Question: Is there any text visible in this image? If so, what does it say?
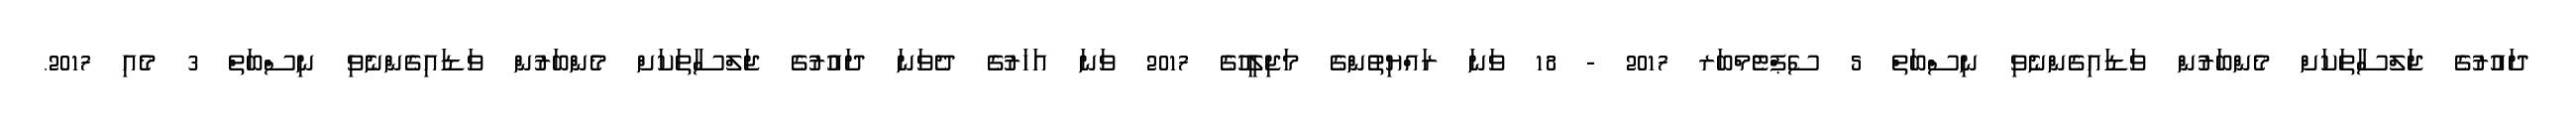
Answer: ދައުރުގެ ޖަލްސާތަކަށް މެންބަރުން ވަޑައިގެންނެވި ނިސްބަތް 5 ސެޕްޓެމްބަރ 2017 - 18 ވަނަ ރައްޔިތުންގެ މަޖިލީހުގެ 2017 ވަނަ އަހަރުގެ ދެވަނަ ދައުރުގެ ޖަލްސާތަކަށް މެންބަރުން ވަޑައިގެންނެވި ނިސްބަތް 3 މެއި 2017.